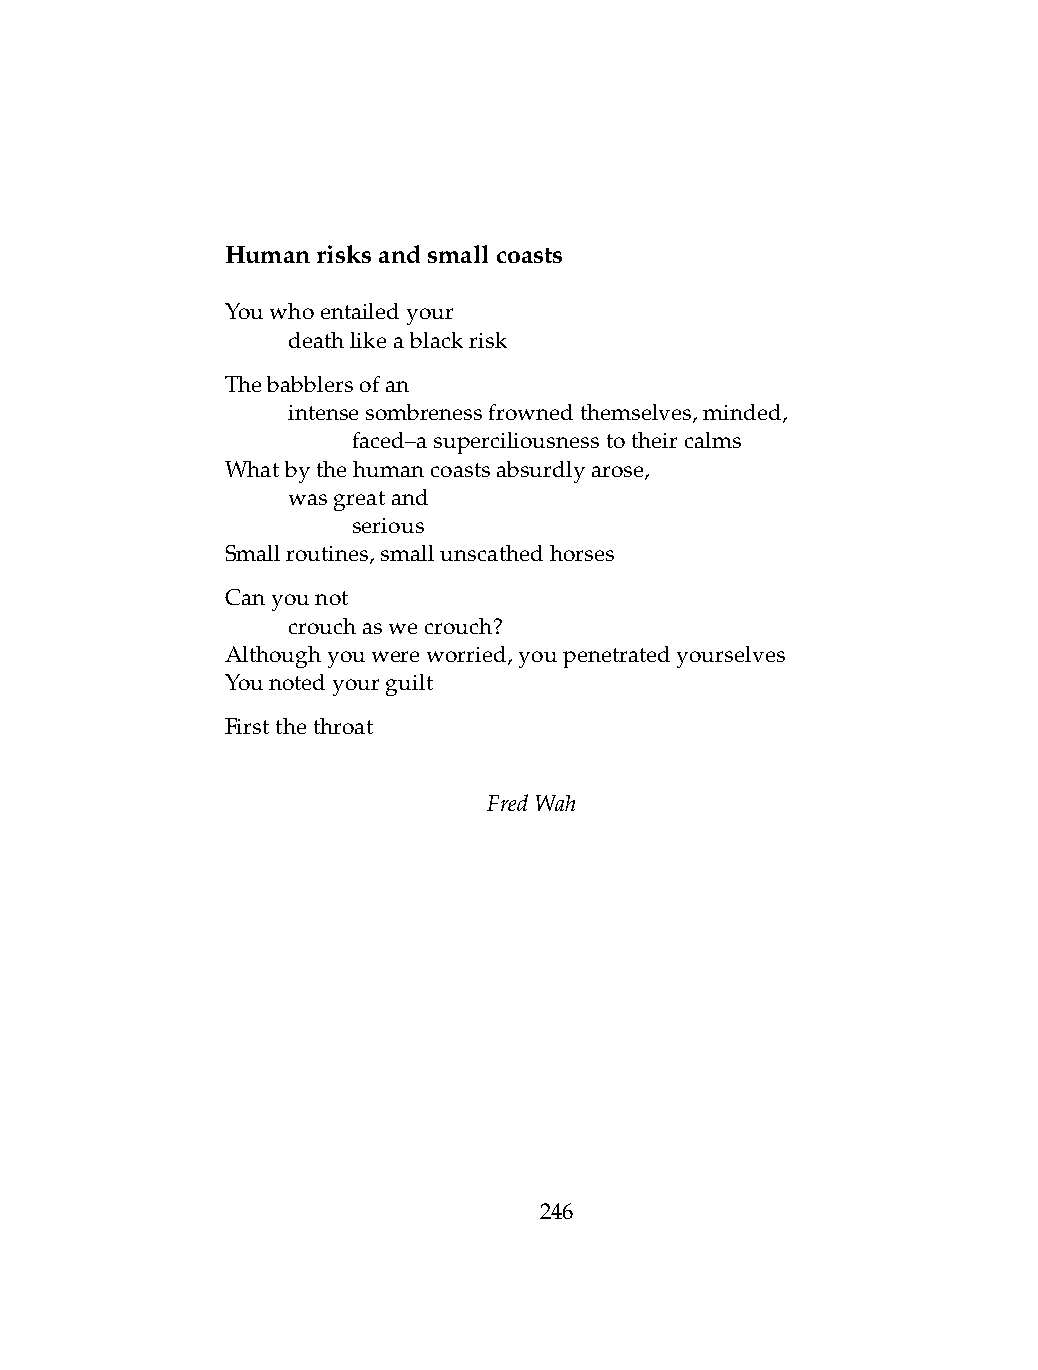
Humanrisksandsmallcoasts
 Youwhoentailedyour
 .   deathlikeablackrisk
 Thebabblersofan
 .   intensesombrenessfrownedthemselves,minded,
 .   .   faced–asuperciliousnesstotheircalms
 Whatbythehumancoastsabsurdlyarose,
 .   wasgreatand
 .   .   serious
 Smallroutines,smallunscathedhorses
 Canyounot
 .   crouchaswecrouch?
 Althoughyouwereworried,youpenetratedyourselves
 Younotedyourguilt
 Firstthethroat
 FredWah
 246